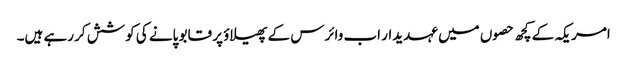
امریکہ کے کچھ حصوں میں عہدیدار اب وائرس کے پھیلاؤ پر قابو پانے کی کوشش کر رہے ہیں۔